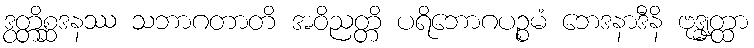
ဒွတ္တိစ္ဆဒနဿ သဘာဂတာတိ အဝိညတ္တိ ပရိဘောဂပဉ္စမံ ဘေဒနာဒီနိ ဗုဒ္ဓျတ္ထာ